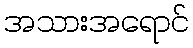
အသားအရောင်